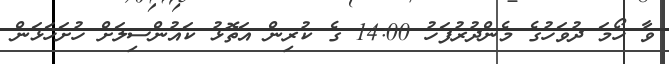
ވާ ހޯމަ ދުވަހުގެ މެންދުރުފަހު 14:00 ގެ ކުރިން އަތޮޅު ކައުންސިލަށް ހުށަހަޅަން